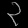
Digit: ၃